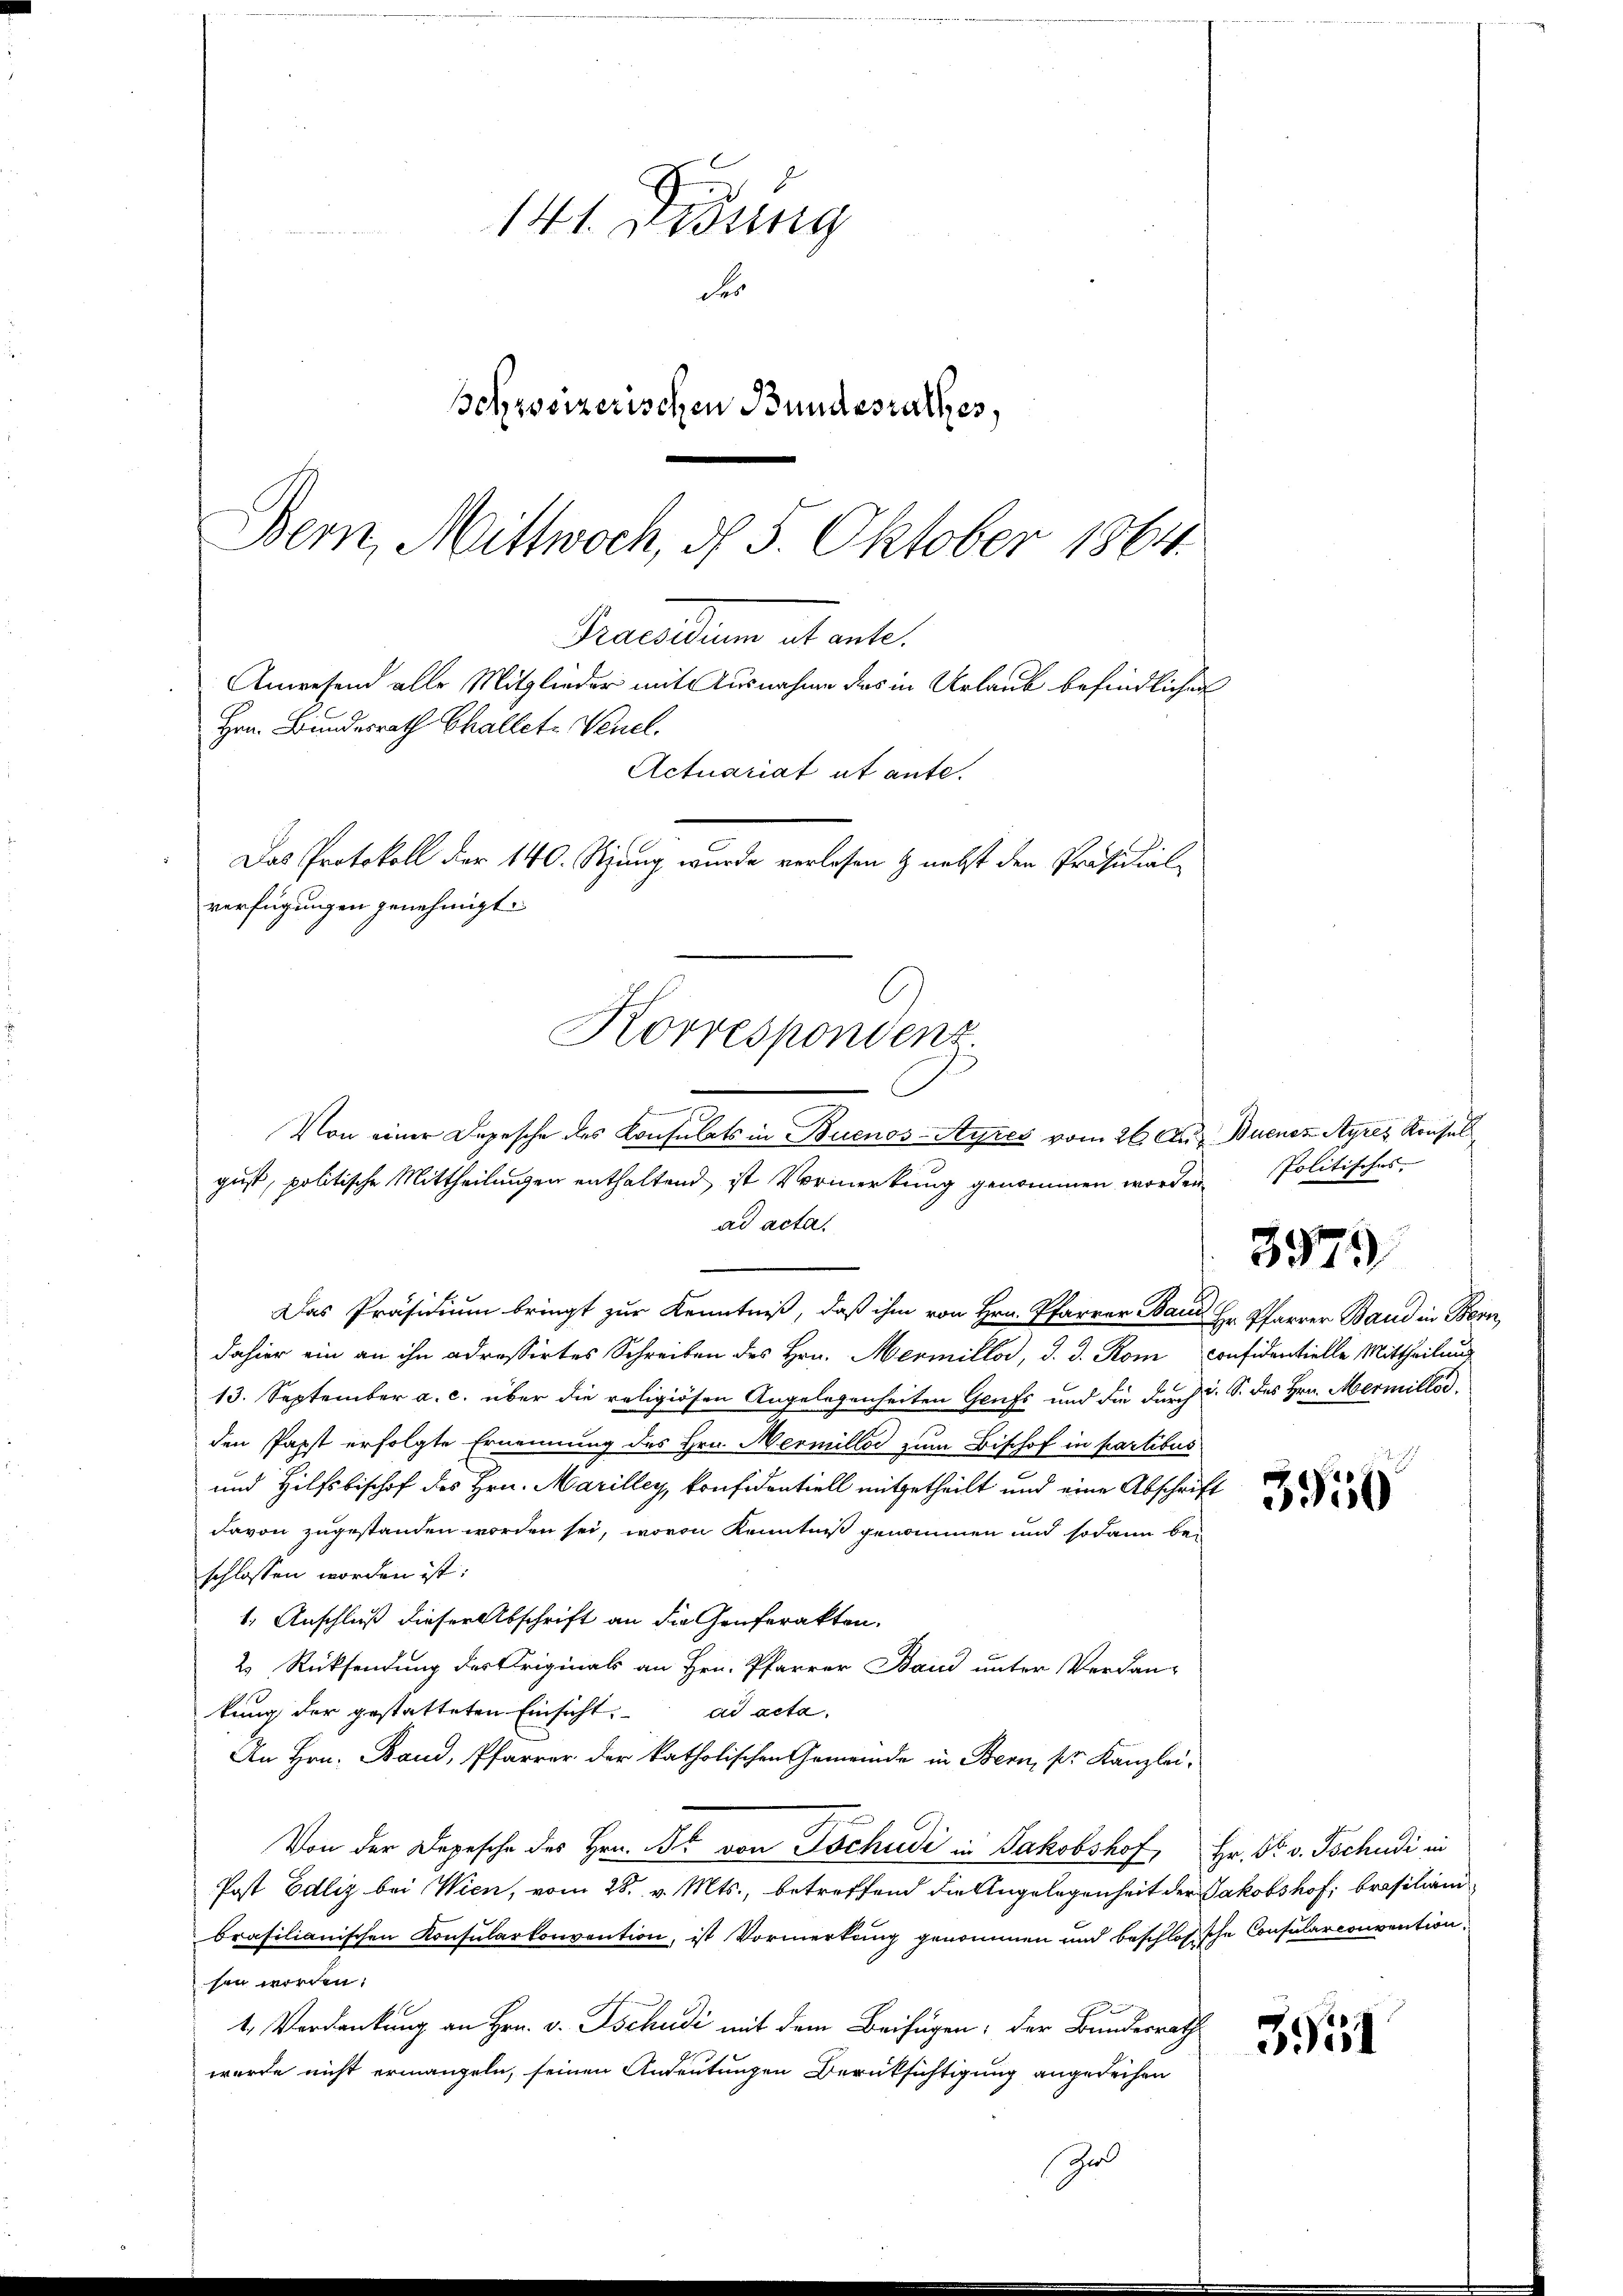
Hrn. Bundesrath Challet. Venel.
verfügungen genehmigt.
Korrespondenz
-
Von einer Depesche des Consulats in Buenos-Ayres vom 26. Aug. Buenos Ayres Konsul
gust, politische Mittheilungen enthaltend, ist Vermerkung genommen worden

141 Didung
der
schweizerischen Bundesrathes,
Bern, Mittwoch, d. 5. Oktober 1864

Pacellen stante.
Anwesend alle Mitglieder mit Ausnahme des in Urlaub befindlichen
Actuariat ab ante.
Das Protokoll der 140. Stzung wurde verlesen & nebst den Präsidial-

ad acta.
Das Präsidium bringt zur Kenntniß, daß ihm von Hrn. Pfarrer Band Hr. Pfarrer Band in Bern,
dahier ein an ihn adressirtes Schreiben des Hrn. Hermiller, d. d. Rom Confidentielle Mittheilung
13. September a. c. über die religiösen Angelegenheiten Grufs und die durch u. S. des Hrn. Mermillod
den Papst erfolgte Ernennung des Hrn. Mermillos zum Bischof in partibus
und Hilfsbischof des Hrn. Marilley, konfidentiell mitgetheilt und eine Abschrift
davon zugestanden worden sei, wovon Kenntniß genommen und sodann beschlossen worden ist:
1. Anschluß dieser Abschrift an die Conferakten.
2 Rücksendung des Originals an Hrn. Pfarrer Band unter Verdan-
kung der gestatteten Einsicht. ad acta.
An Hrn. Band, Pfarrer der katholischen Gemeinde in Bern, pr. Kanzlei-
Von der Depesche des Hrn. Dr. von Tochudi in Jakobshof, Hr. Dr. v. Tschudi in
Post Edlig bei Wien, vom 28. v. Mts., betreffend die Angelegenheit der Jakobshof, Brasilian
brasilianischen Konsularkonvention, ist Vormerkung genommen und beschlossche Consularconvention
sen worden.
4 Verdankung an Hrn. v. Tschudi mit dem Beifügen; der Bundesrath
wurde nicht ermangeln, seinen Andeutungen Berüksichtigung angedeihen
Gr

Politisches |

3979

3950

3931